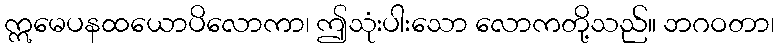
ဣမေပနထယောပိလောကာ၊ ဤသုံးပါးသော လောကတို့သည်။ ဘဂဝတာ၊